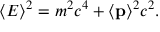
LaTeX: \langle E \rangle ^ { 2 } = m ^ { 2 } c ^ { 4 } + \langle \mathbf { p } \rangle ^ { 2 } c ^ { 2 } .